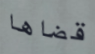
قضاها